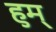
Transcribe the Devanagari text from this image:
हुम्